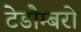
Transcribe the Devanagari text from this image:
टेडौम्बरो